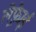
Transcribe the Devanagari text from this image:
लेफ़्रेाई